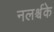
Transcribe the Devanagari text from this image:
नलर्श्चके